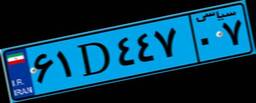
۵۳D۱۵۱۱۸